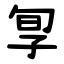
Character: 㝁